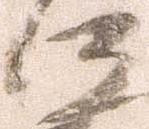
河